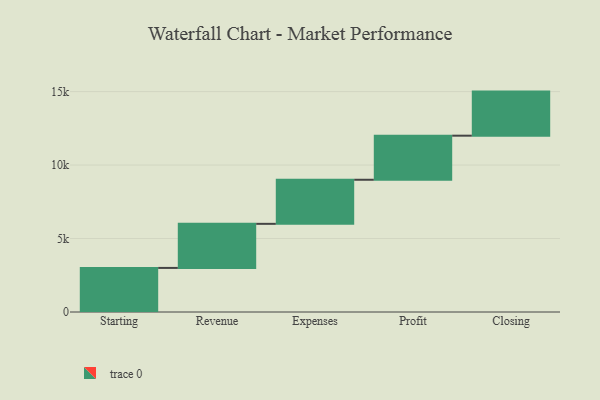
{"axis": {"x": "Step", "y": "Value"}, "legend": [""], "data": [{"x": "Starting", "y": 3000, "type": ""}, {"x": "Revenue", "y": 3000, "type": ""}, {"x": "Expenses", "y": 3000, "type": ""}, {"x": "Profit", "y": 3000, "type": ""}, {"x": "Closing", "y": 3000, "type": ""}]}